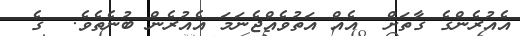
އެއުރެންގެ ގާތަށް  އެއް އަތުވެއްޖެނަމަ އެއުރެން ބުނެތެވެ.  ގެ